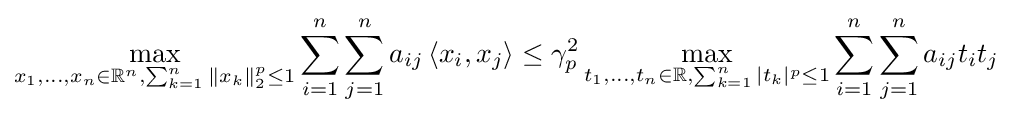
\max _{x_{1},\ldots ,x_{n}\in \mathbb {R} ^{n},\sum _{k=1}^{n}\|x_{k}\|_{2}^{p}\leq 1}\sum _{i=1}^{n}\sum _{j=1}^{n}a_{ij}\left\langle x_{i},x_{j}\right\rangle \leq \gamma _{p}^{2}\max _{t_{1},\ldots ,t_{n}\in \mathbb {R} ,\sum _{k=1}^{n}|t_{k}|^{p}\leq 1}\sum _{i=1}^{n}\sum _{j=1}^{n}a_{ij}t_{i}t_{j}